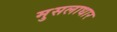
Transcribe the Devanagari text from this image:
मुसलाधार